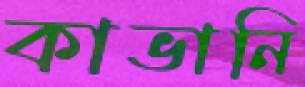
কাভানি